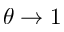
\theta \to 1